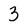
Character: 3